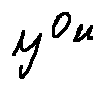
y ^ { o _ { \mu } }